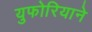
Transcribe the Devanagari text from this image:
युफोरियाने